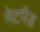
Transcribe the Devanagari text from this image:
नेटपैड